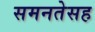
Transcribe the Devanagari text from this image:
समनतेसह